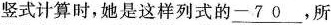
竖式计算时，她是这样列式的\underline{-70}，所